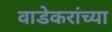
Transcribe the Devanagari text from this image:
वाडेकरांच्या